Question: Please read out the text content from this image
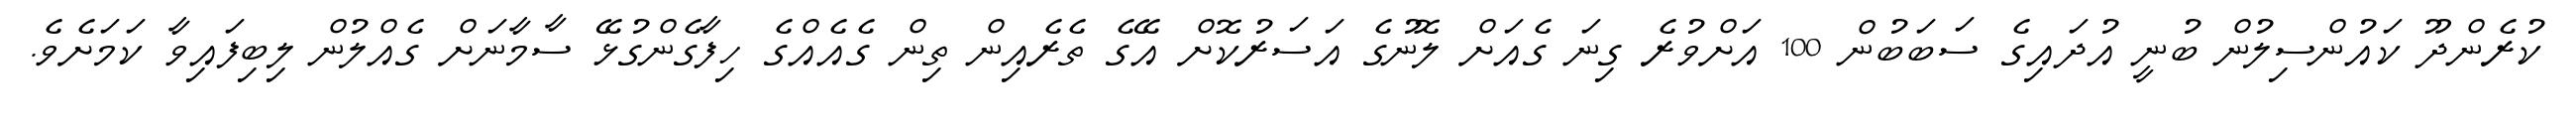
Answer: ކުރެންދޫ ކައުންސިލުން ބުނީ އުދައިގެ ސަބަބުން 100 އަށްވުރެ ގިނަ ގެއަށް ލޮނުގެ އަސަރުކޮށް އޭގެ ތެރެއިން ތިން ގެއެއްގެ ހިފާގެންގުޅޭ ސާމާނަށް ގެއްލުން ލިބިފައިވާ ކަމަށެވެ.